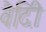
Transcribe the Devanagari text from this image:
वैदीि